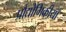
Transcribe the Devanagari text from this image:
प्रौद्योगिकीयाँ